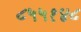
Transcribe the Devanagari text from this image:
८५५१४८